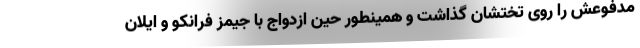
مدفوعش را روی تختشان گذاشت و همینطور حین ازدواج با جیمز فرانکو و ایلان